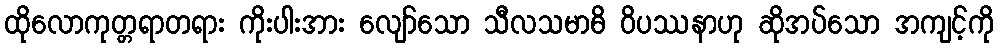
ထိုလောကုတ္တရာတရား ကိုးပါးအား လျော်သော သီလသမာဓိ ဝိပဿနာဟု ဆိုအပ်သော အကျင့်ကို